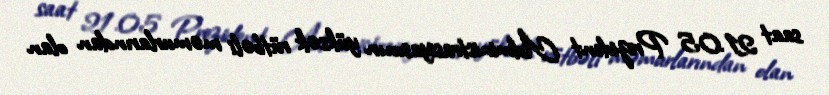
saat 21.05 Prezident Administrasiyasının yüksək rütbəli məmurlarından olan